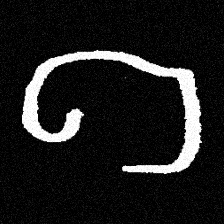
Pyu character \u2014 Myanmar letter: ဂ (romanized: ga)